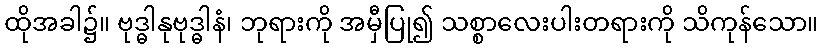
ထိုအခါ၌။ ဗုဒ္ဓါနုဗုဒ္ဓါနံ၊ ဘုရားကို အမှီပြု၍ သစ္စာလေးပါးတရားကို သိကုန်သော။